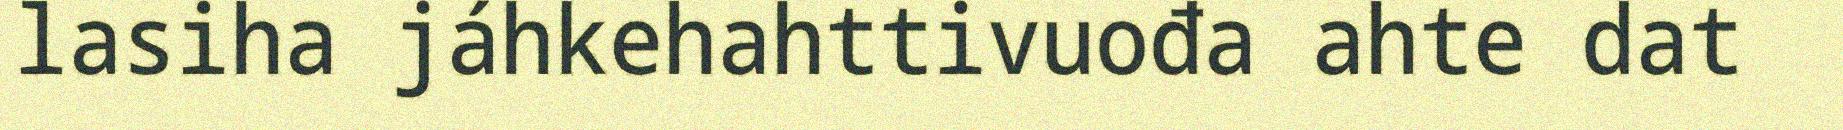
lasiha jáhkehahttivuođa ahte dat